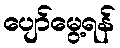
ပျော်မွေ့ရန်